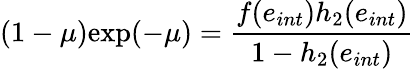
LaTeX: (1-\mu)\mathrm{exp}(-\mu)=\frac{f(e_{int})h_{2}(e_{int})}{1-h_{2}(e_{int})}